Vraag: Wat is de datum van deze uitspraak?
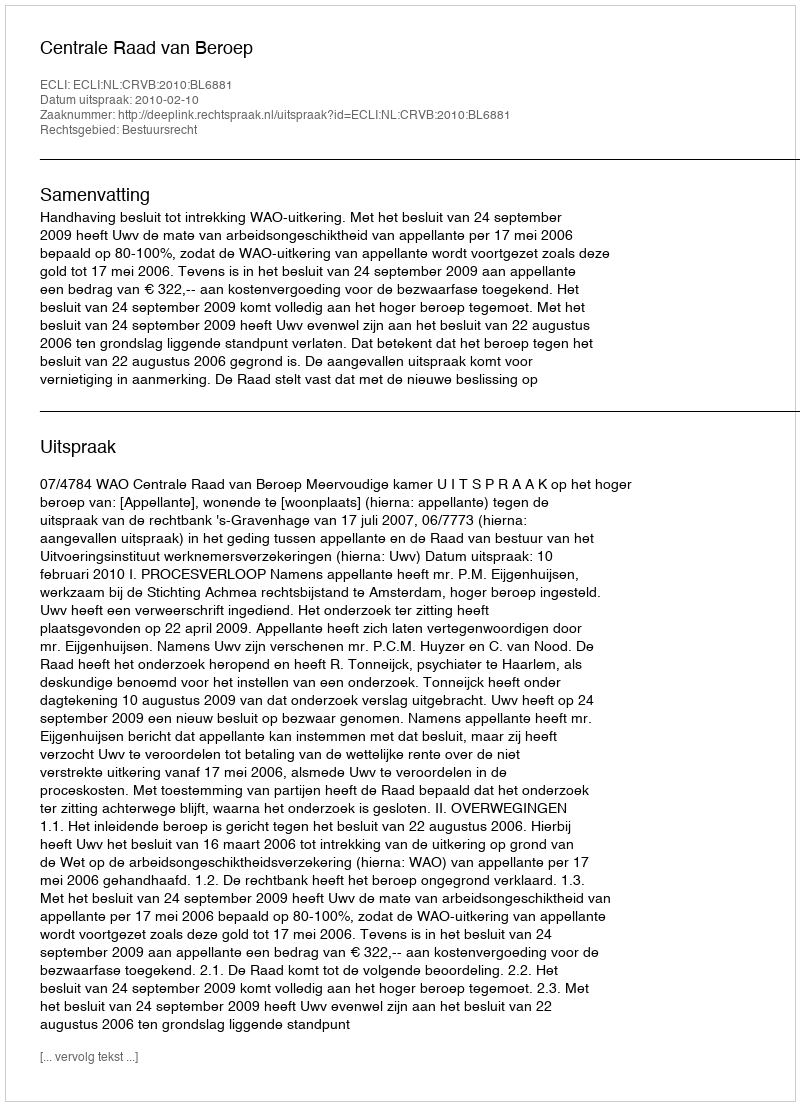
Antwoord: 2010-02-10